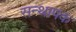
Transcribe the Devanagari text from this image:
सन्थापक